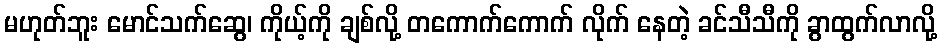
မဟုတ်ဘူး မောင်သက်ဆွေ၊ ကိုယ့်ကို ချစ်လို့ တကောက်ကောက် လိုက် နေတဲ့ ခင်သီသီကို ခွာထွက်လာလို့